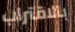
بالاقتراب